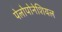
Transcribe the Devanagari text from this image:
पेलोपोनेशियल